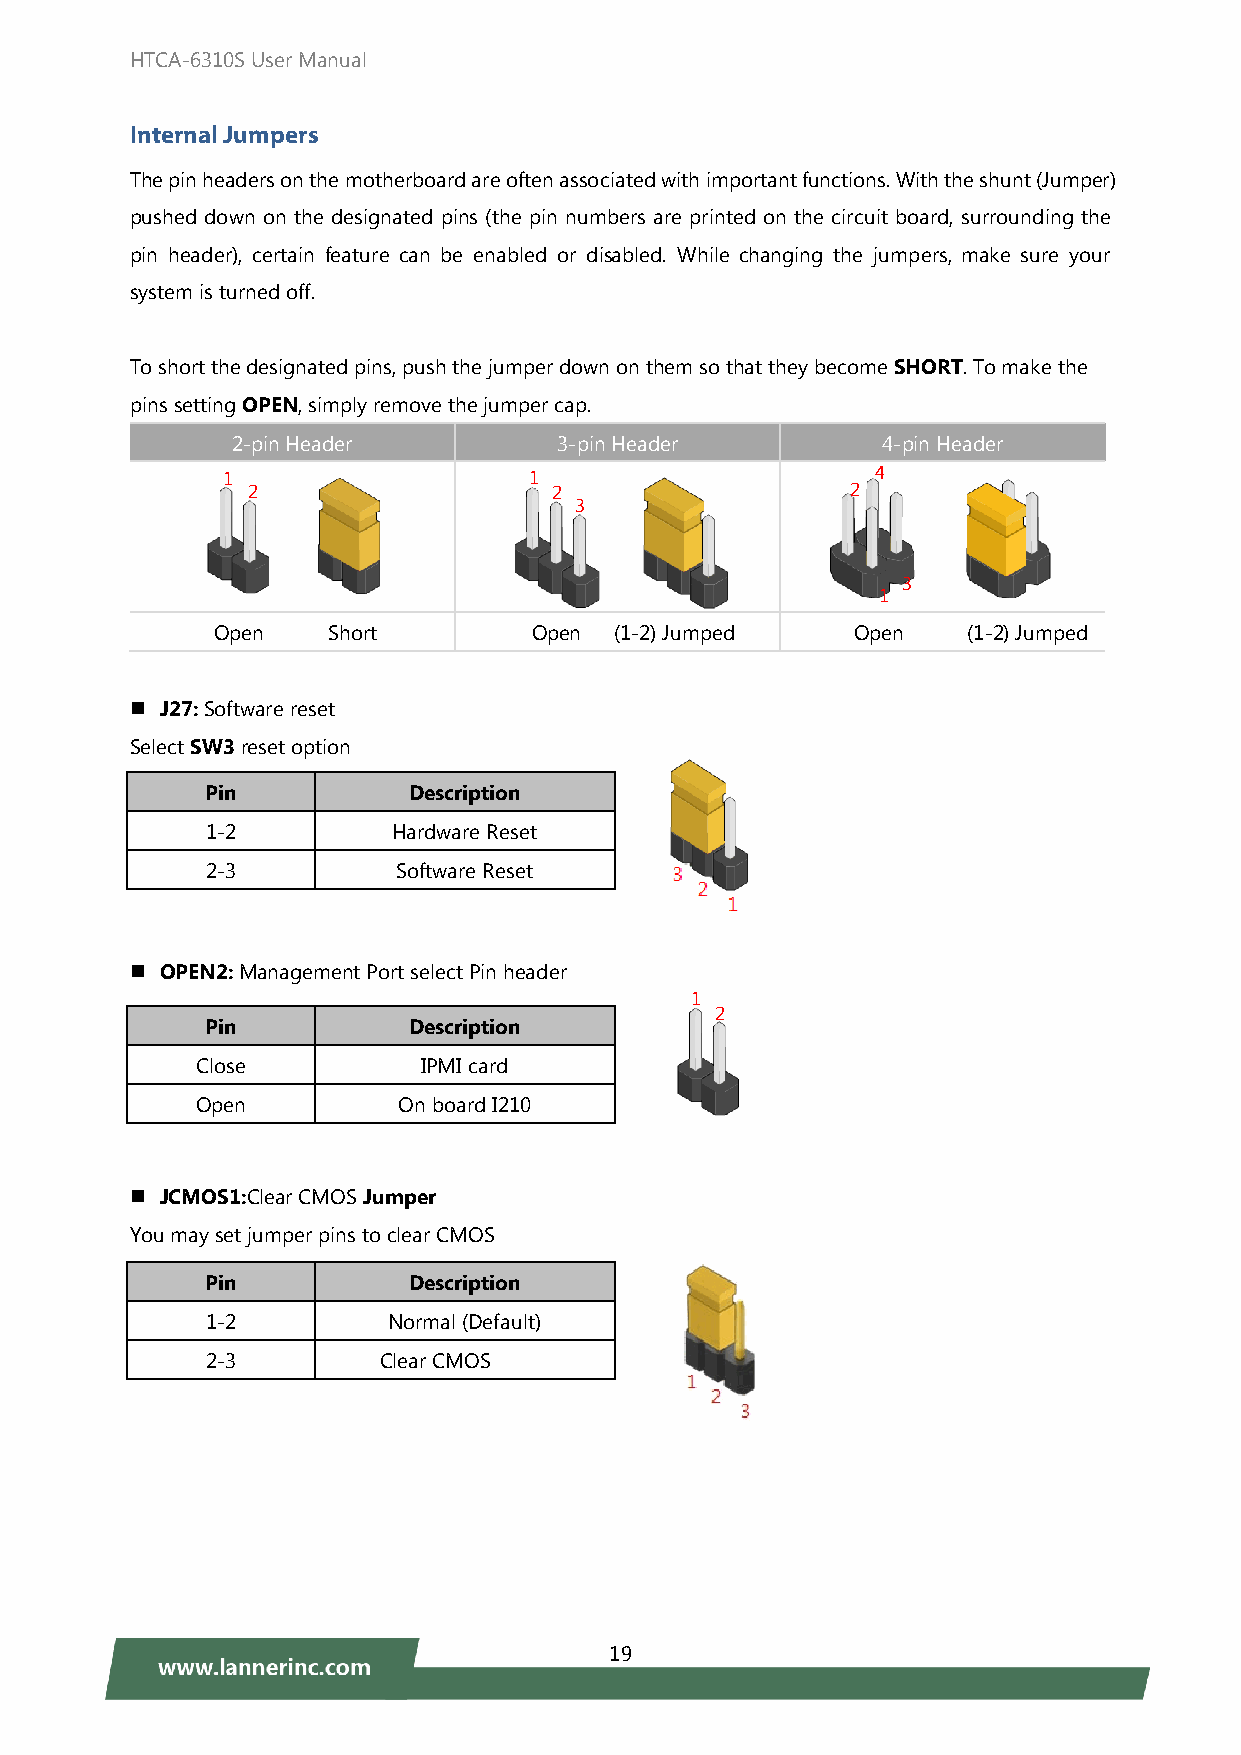
HTCA-6310S User Manual
 Internal Jumpers
 The pin headers on the motherboard are often associated with important functions. With the shunt (Jumper)
 pushed down on the designated pins (the pin numbers are printed on the circuit board, surrounding the
 pin header), certain feature can be enabled or disabled. While changing the jumpers, make sure your
 system is turned off.
 To short the designated pins, push the jumper down on them so that they become SHORT. To make the
 pins setting OPEN, simply remove the jumper cap.
 2-pin Header          3-pin Header         4-pin Header
 1                   1                      4
 2                    2                  2
 3
 1
 3
 Open    Short        Open  (1-2) Jumped    Open   (1-2) Jumped
  J27: Software reset
 Select SW3 reset option
 Pin          Description
 1-2         Hardware Reset
 2-3         Software Reset
  OPEN2: Management Port select Pin header
 1
 2
 Pin          Description
 Close          IPMI card
 Open         On board I210
  JCMOS1:Clear CMOS Jumper
 You may set jumper pins to clear CMOS
 Pin          Description
 1-2         Normal (Default)
 2-3        Clear CMOS
 19